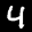
Label: 4